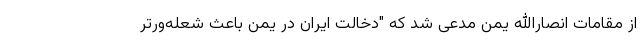
از مقامات انصارالله یمن مدعی شد که "دخالت ایران در یمن باعث شعله‌ورتر